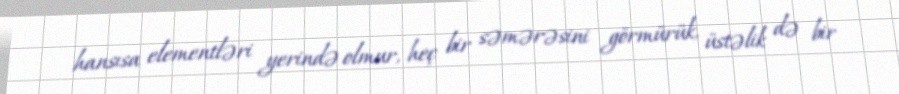
hansısa elementləri yerində olmur, heç bir səmərəsini görmürük, üstəlik də bir